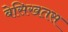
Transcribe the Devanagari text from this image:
बेसिखतस